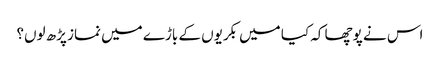
اس نے پوچھا کہ کیا میں بکریوں کے باڑے میں نماز پڑھ لوں؟